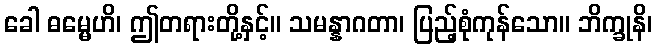
ခေါ ဓမ္မေဟိ၊ ဤတရားတို့နှင့်။ သမန္နာဂတာ၊ ပြည့်စုံကုန်သော။ ဘိက္ခုနိ၊